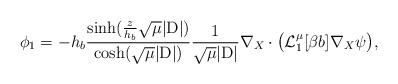
LaTeX: \begin{align*} \phi_1 = -h_b\frac{\sinh(\frac{z}{h_b}\sqrt{\mu}|\mathrm{D}|)}{\cosh(\sqrt{\mu}|\mathrm{D}|)}\frac{1}{\sqrt{\mu}|\mathrm{D}|}\nabla_X \cdot \big(\mathcal{L}_{1}^{\mu}[\beta b]\nabla_X\psi\big{)}, \end{align*}